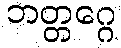
ဘတ္တဂ္ဂေ